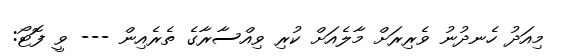
މިއަދު ހެނދުނު ވެރިރަށް މާލެއަށް ކުރި ވިއްސާރާގެ ތެރެއިން --- ވީ ފޮޓޯ: